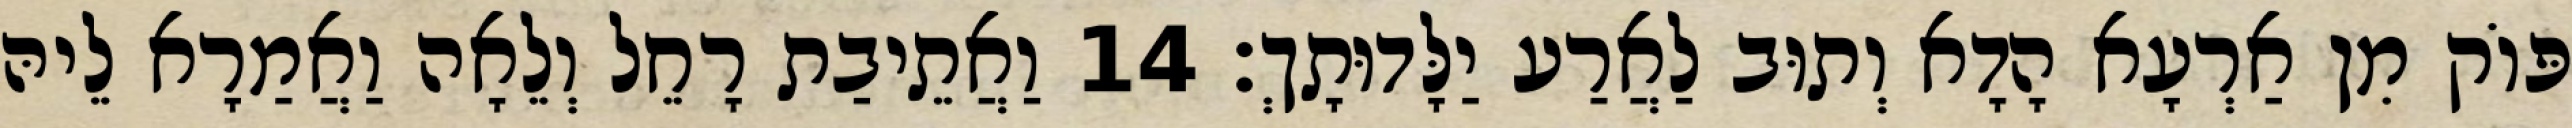
פּוֹק מִן אַרְעָא הָדָא וְתוּב לַאֲרַע יַלָּדוּתָךְ׃ 14 וַאֲתֵיבַת רָחֵל וְלֵאָה וַאֲמַרָא לֵיהּ